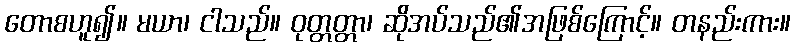
တောစဟူ၍။ မယာ၊ ငါသည်။ ဝုတ္တတ္တာ၊ ဆိုအပ်သည်၏အဖြစ်ကြောင့်။ တနည်းကား။